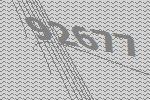
92677